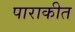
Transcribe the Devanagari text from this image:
पाराकीत